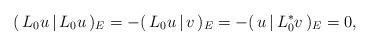
LaTeX: \begin{align*} (\,L_0u\,|\,L_0u\,)_E=-(\,L_0u\,|\,v\,)_E=-(\,u\,|\,L^*_0v\,)_E=0,\end{align*}